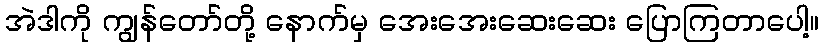
အဲဒါကို ကျွန်တော်တို့ နောက်မှ အေးအေးဆေးဆေး ပြောကြတာပေါ့။